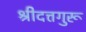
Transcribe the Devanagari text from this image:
श्रीदत्तगुरू